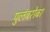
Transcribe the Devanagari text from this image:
पुलंबरोबर